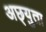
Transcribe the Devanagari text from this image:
अछ्युता